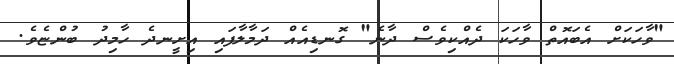
"ވާހަކަށް އެބައޮތް ވާހަކަ ދެއްކިވެސް ދާނެ" ގޮނޑިއެއް ދަމާލާފައި އިށީނދެ ހާމިދު ބުންޏެވެ.